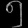
Digit: ၅